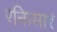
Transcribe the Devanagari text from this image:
रक्तिसार